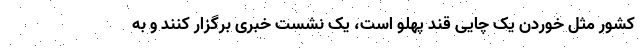
کشور مثل خوردن یک چایی قند پهلو است، یک نشست خبری برگزار کنند و به